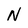
Character: N